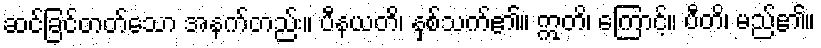
ဆင်ခြင်တတ်သော အနက်တည်း။ ပီနယတိ၊ နှစ်သက်၏။ ဣတိ၊ ကြောင့်။ ပီတိ၊ မည်၏။